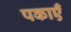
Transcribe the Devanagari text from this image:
पकाएँ